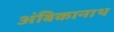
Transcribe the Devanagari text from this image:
अंबिकानाथ